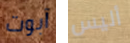
آبوت أليس